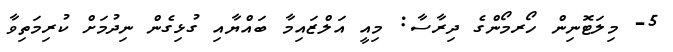
5- މިލަޓޮނިން ހޯރމޯންގެ ދިރާސާ: މިއީ އަލްޒައިމާ ބައްޔާއި ގުޅިގެން ނިދުމަށް ކުރިމަތިވާ